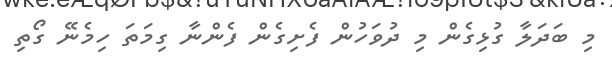
މި ބަދަލާ ގުޅިގެން މި ދުވަހުން ފެށިގެން ފެންނާ ގިމަތަ ހިމެނޭ ގޯތި